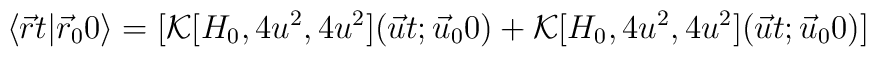
\langle \vec{r}t \vert\vec{r}_0 0 \rangle =  \bigl[ {\cal K}              [H_0             ,4u^2, 4u^2](\vec{u} t; \vec{u}_0 0)  +  {\cal K} [H_0 ,4u^2,             4u^2](\vec{u} t;\vec{u}_0 0) \bigr]